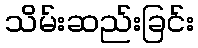
သိမ်းဆည်းခြင်း